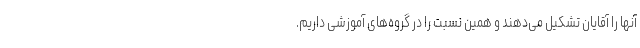
آنها را آقایان تشکیل می‌دهند و همین نسبت را در گروه‌های آموزشی داریم.